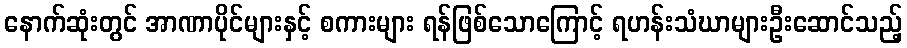
နောက်ဆုံးတွင် အာဏာပိုင်များနှင့် စကားများ ရန်ဖြစ်သောကြောင့် ရဟန်းသံဃာများဦးဆောင်သည့်